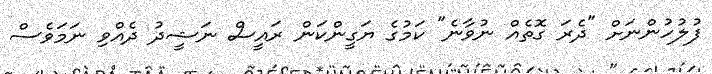
ފުލުހުންނަށް "ދެރަ ގޮތެއް ނުވާނެ" ކަމުގެ ޔަގީންކަން ރައީސް ނަޝީދު ދެއްވި ނަމަވެސް